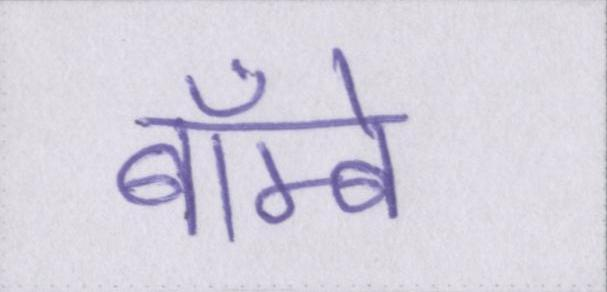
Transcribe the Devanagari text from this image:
बॅाम्बे